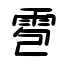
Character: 雹